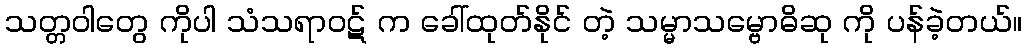
သတ္တဝါတွေ ကိုပါ သံသရာဝဋ် က ခေါ်ထုတ်နိုင် တဲ့ သမ္မာသမ္ဗောဓိဆု ကို ပန်ခဲ့တယ်။